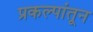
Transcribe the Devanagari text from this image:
प्रकल्पांतून